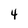
Character: 4